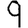
Digit: 9